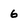
Character: 6